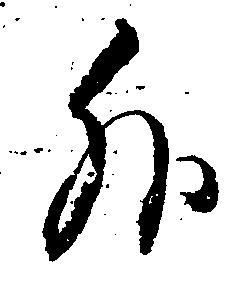
外